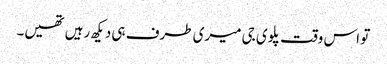
تو اس وقت پلوی جی میری طرف ہی دیکھ رہیں تھیں۔